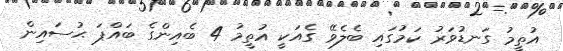
އުތީމު ގަނޑުވަރު ކަމުގައި ބެލެވޭ ގެއަކީ އުތީމު 4 ބެއިންގެ ބައްޕަ ޙުސައިން